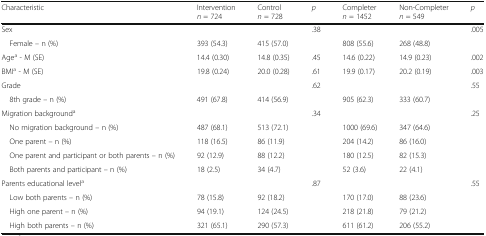
<table><thead><tr><td><b>Characteristic</b></td><td><b>Intervention<i>n</i> = 724</b></td><td><b>Control<i>n</i> = 728</b></td><td><b><i>p</i></b></td><td><b>Completer<i>n</i> = 1452</b></td><td><b>Non-Completer<i>n</i> = 549</b></td><td><b><i>p</i></b></td></tr></thead><tbody><tr><td>Sex</td><td></td><td></td><td>.38</td><td></td><td></td><td>.005</td></tr><tr><td> Female – n (%)</td><td>393 (54.3)</td><td>415 (57.0)</td><td></td><td>808 (55.6)</td><td>268 (48.8)</td><td></td></tr><tr><td>Age<sup>a</sup> - M (SE)</td><td>14.4 (0.30)</td><td>14.8 (0.35)</td><td>.45</td><td>14.6 (0.22)</td><td>14.9 (0.23)</td><td>.002</td></tr><tr><td>BMI<sup>a</sup> - M (SE)</td><td>19.8 (0.24)</td><td>20.0 (0.28)</td><td>.61</td><td>19.9 (0.17)</td><td>20.2 (0.19)</td><td>.003</td></tr><tr><td>Grade</td><td></td><td></td><td>.62</td><td></td><td></td><td>.55</td></tr><tr><td> 8th grade – n (%)</td><td>491 (67.8)</td><td>414 (56.9)</td><td></td><td>905 (62.3)</td><td>333 (60.7)</td><td></td></tr><tr><td>Migration background<sup>a</sup></td><td></td><td></td><td>.34</td><td></td><td></td><td>.25</td></tr><tr><td> No migration background – n (%)</td><td>487 (68.1)</td><td>513 (72.1)</td><td></td><td>1000 (69.6)</td><td>347 (64.6)</td><td></td></tr><tr><td> One parent – n (%)</td><td>118 (16.5)</td><td>86 (11.9)</td><td></td><td>204 (14.2)</td><td>86 (16.0)</td><td></td></tr><tr><td> One parent and participant or both parents – n (%)</td><td>92 (12.9)</td><td>88 (12.2)</td><td></td><td>180 (12.5)</td><td>82 (15.3)</td><td></td></tr><tr><td> Both parents and participant – n (%)</td><td>18 (2.5)</td><td>34 (4.7)</td><td></td><td>52 (3.6)</td><td>22 (4.1)</td><td></td></tr><tr><td>Parents educational level<sup>a</sup></td><td></td><td></td><td>.87</td><td></td><td></td><td>.55</td></tr><tr><td> Low both parents – n (%)</td><td>78 (15.8)</td><td>92 (18.2)</td><td></td><td>170 (17.0)</td><td>88 (23.6)</td><td></td></tr><tr><td> High one parent – n (%)</td><td>94 (19.1)</td><td>124 (24.5)</td><td></td><td>218 (21.8)</td><td>79 (21.2)</td><td></td></tr><tr><td> High both parents – n (%)</td><td>321 (65.1)</td><td>290 (57.3)</td><td></td><td>611 (61.2)</td><td>206 (55.2)</td><td></td></tr></tbody></table>